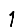
Digit: 1